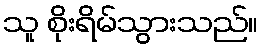
သူ စိုးရိမ်သွားသည်။